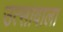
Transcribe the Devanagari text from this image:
उत्सावाला